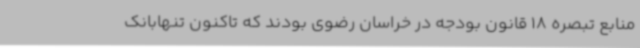
منابع تبصره 18 قانون بودجه در خراسان رضوی بودند که تاکنون تنهابانک